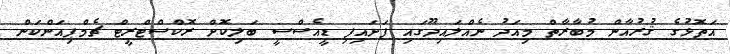
އަތޮޅުގެ ޤުރުއާން މުބާރާތް މިއަދު ނެއްލައިދޫގައި ފަށައިފި ޑީއެސްސީ ބަލިކޮށް ރޮކްސްޓްރީޓް ޗެމްޕިއަންކަން